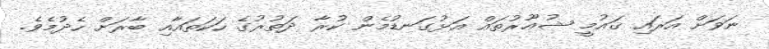
ނަވަށް އަރައި ޤައުމީ ޝުޢޫރުތައް އަޅުގަނޑުމެން ކުރާ ދަތުރުގެ ހަކަތައާއި ބާރަށް ހެދުމެވެ.